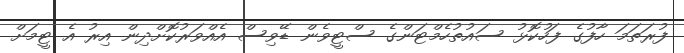
ފުރަތަމަ ހާފުގެ ފަހުކޮޅު ސައުތުހެމްޓަންގެ ސްޓީވެން ޑޭވިސް އެއްވަރުކޮށްދިން އިރު އެ ޓީމަށް